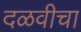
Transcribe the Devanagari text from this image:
दळवीचा